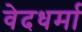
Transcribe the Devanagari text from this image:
वेदधर्मा